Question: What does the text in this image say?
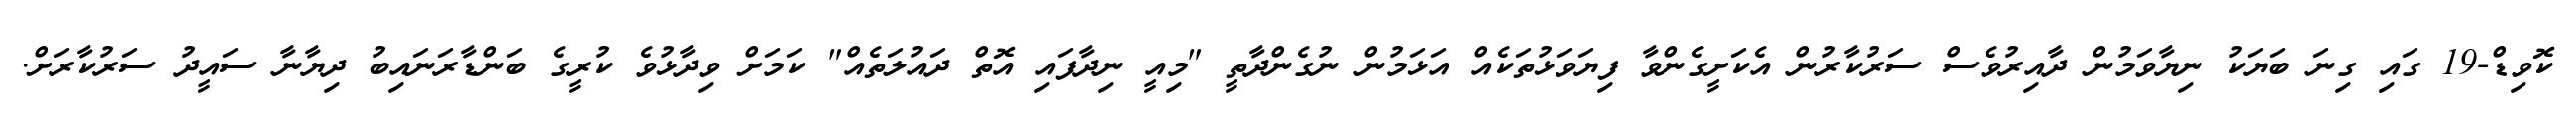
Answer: ކޮވިޑް-19 ގައި ގިނަ ބަޔަކު ނިޔާވަމުން ދާއިރުވެސް ސަރުކާރުން އެކަށީގެންވާ ފިޔަވަޅުތަކެއް އަޅަމުން ނުގެންދާތީ "މިއީ ނިދާފައި އޮތް ދައުލަތެއް" ކަމަށް ވިދާޅުވެ ކުރީގެ ބަންޑާރަނައިބު ދިޔާނާ ސައީދު ސަރުކާރަށް.